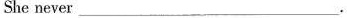
She never ___.